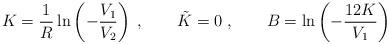
LaTeX: \begin{align*}K=\frac{1}{R}\ln\left(-\frac{V_1}{V_2}\right)\; ,\qquad \tilde{K} = 0\; ,\qquad B = \ln\left(-\frac{12K}{V_1}\right)\end{align*}